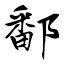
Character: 鄱